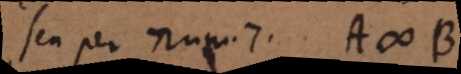
seu per num. 7 A